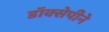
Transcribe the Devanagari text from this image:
डॉक्सेपीने